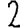
Digit: 2